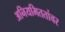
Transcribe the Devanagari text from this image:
अनियमिततांवर